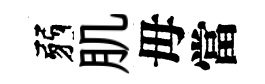
弱肌母當